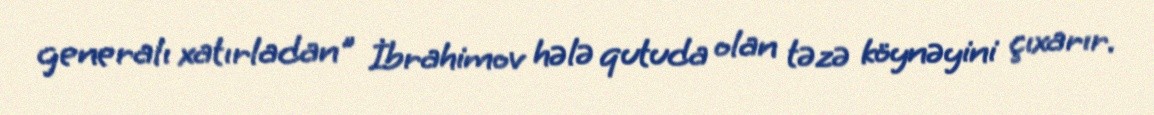
generalı xatırladan" İbrahimov hələ qutuda olan təzə köynəyini çıxarır.